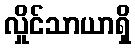
လှိုင်သာယာရှိ